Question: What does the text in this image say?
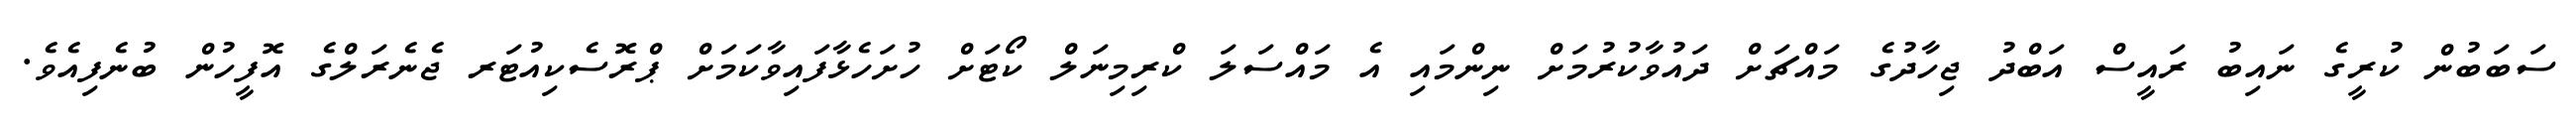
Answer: ސަބަބުން ކުރީގެ ނައިބު ރައީސް އަބްދު ޖިހާދުގެ މައްޗަށް ދައުވާކުރުމަށް ނިންމައި އެ މައްސަލަ ކްރިމިނަލް ކޯޓަށް ހުށަހެޅާފައިވާކަމަށް ޕްރޮސެކިއުޓަރ ޖެނެރަލްގެ އޮފީހުން ބުނެފިއެވެ.